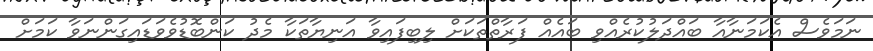
ނަމަވެސް އެކަމަނާއާ ބައްދަލުކުރެއްވި ބައެއް ފަރާތްތަކަށް ލިބިފައިވާ އަނިޔާތަކާ މެދު ކަންބޮޑުވެވަޑައިގަންނަވާ ކަމަށް